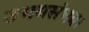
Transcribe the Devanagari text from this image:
उभयसंभव।